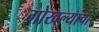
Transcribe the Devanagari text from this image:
गोखल्यांचा